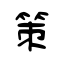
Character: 策